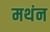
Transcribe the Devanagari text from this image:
मथंन